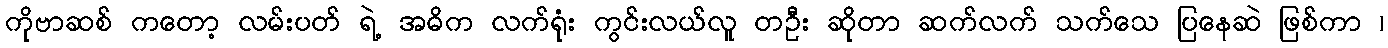
ကိုဗာဆစ် ကတော့ လမ်းပတ် ရဲ့ အဓိက လက်ရုံး ကွင်းလယ်လူ တဦး ဆိုတာ ဆက်လက် သက်သေ ပြနေဆဲ ဖြစ်ကာ ၊